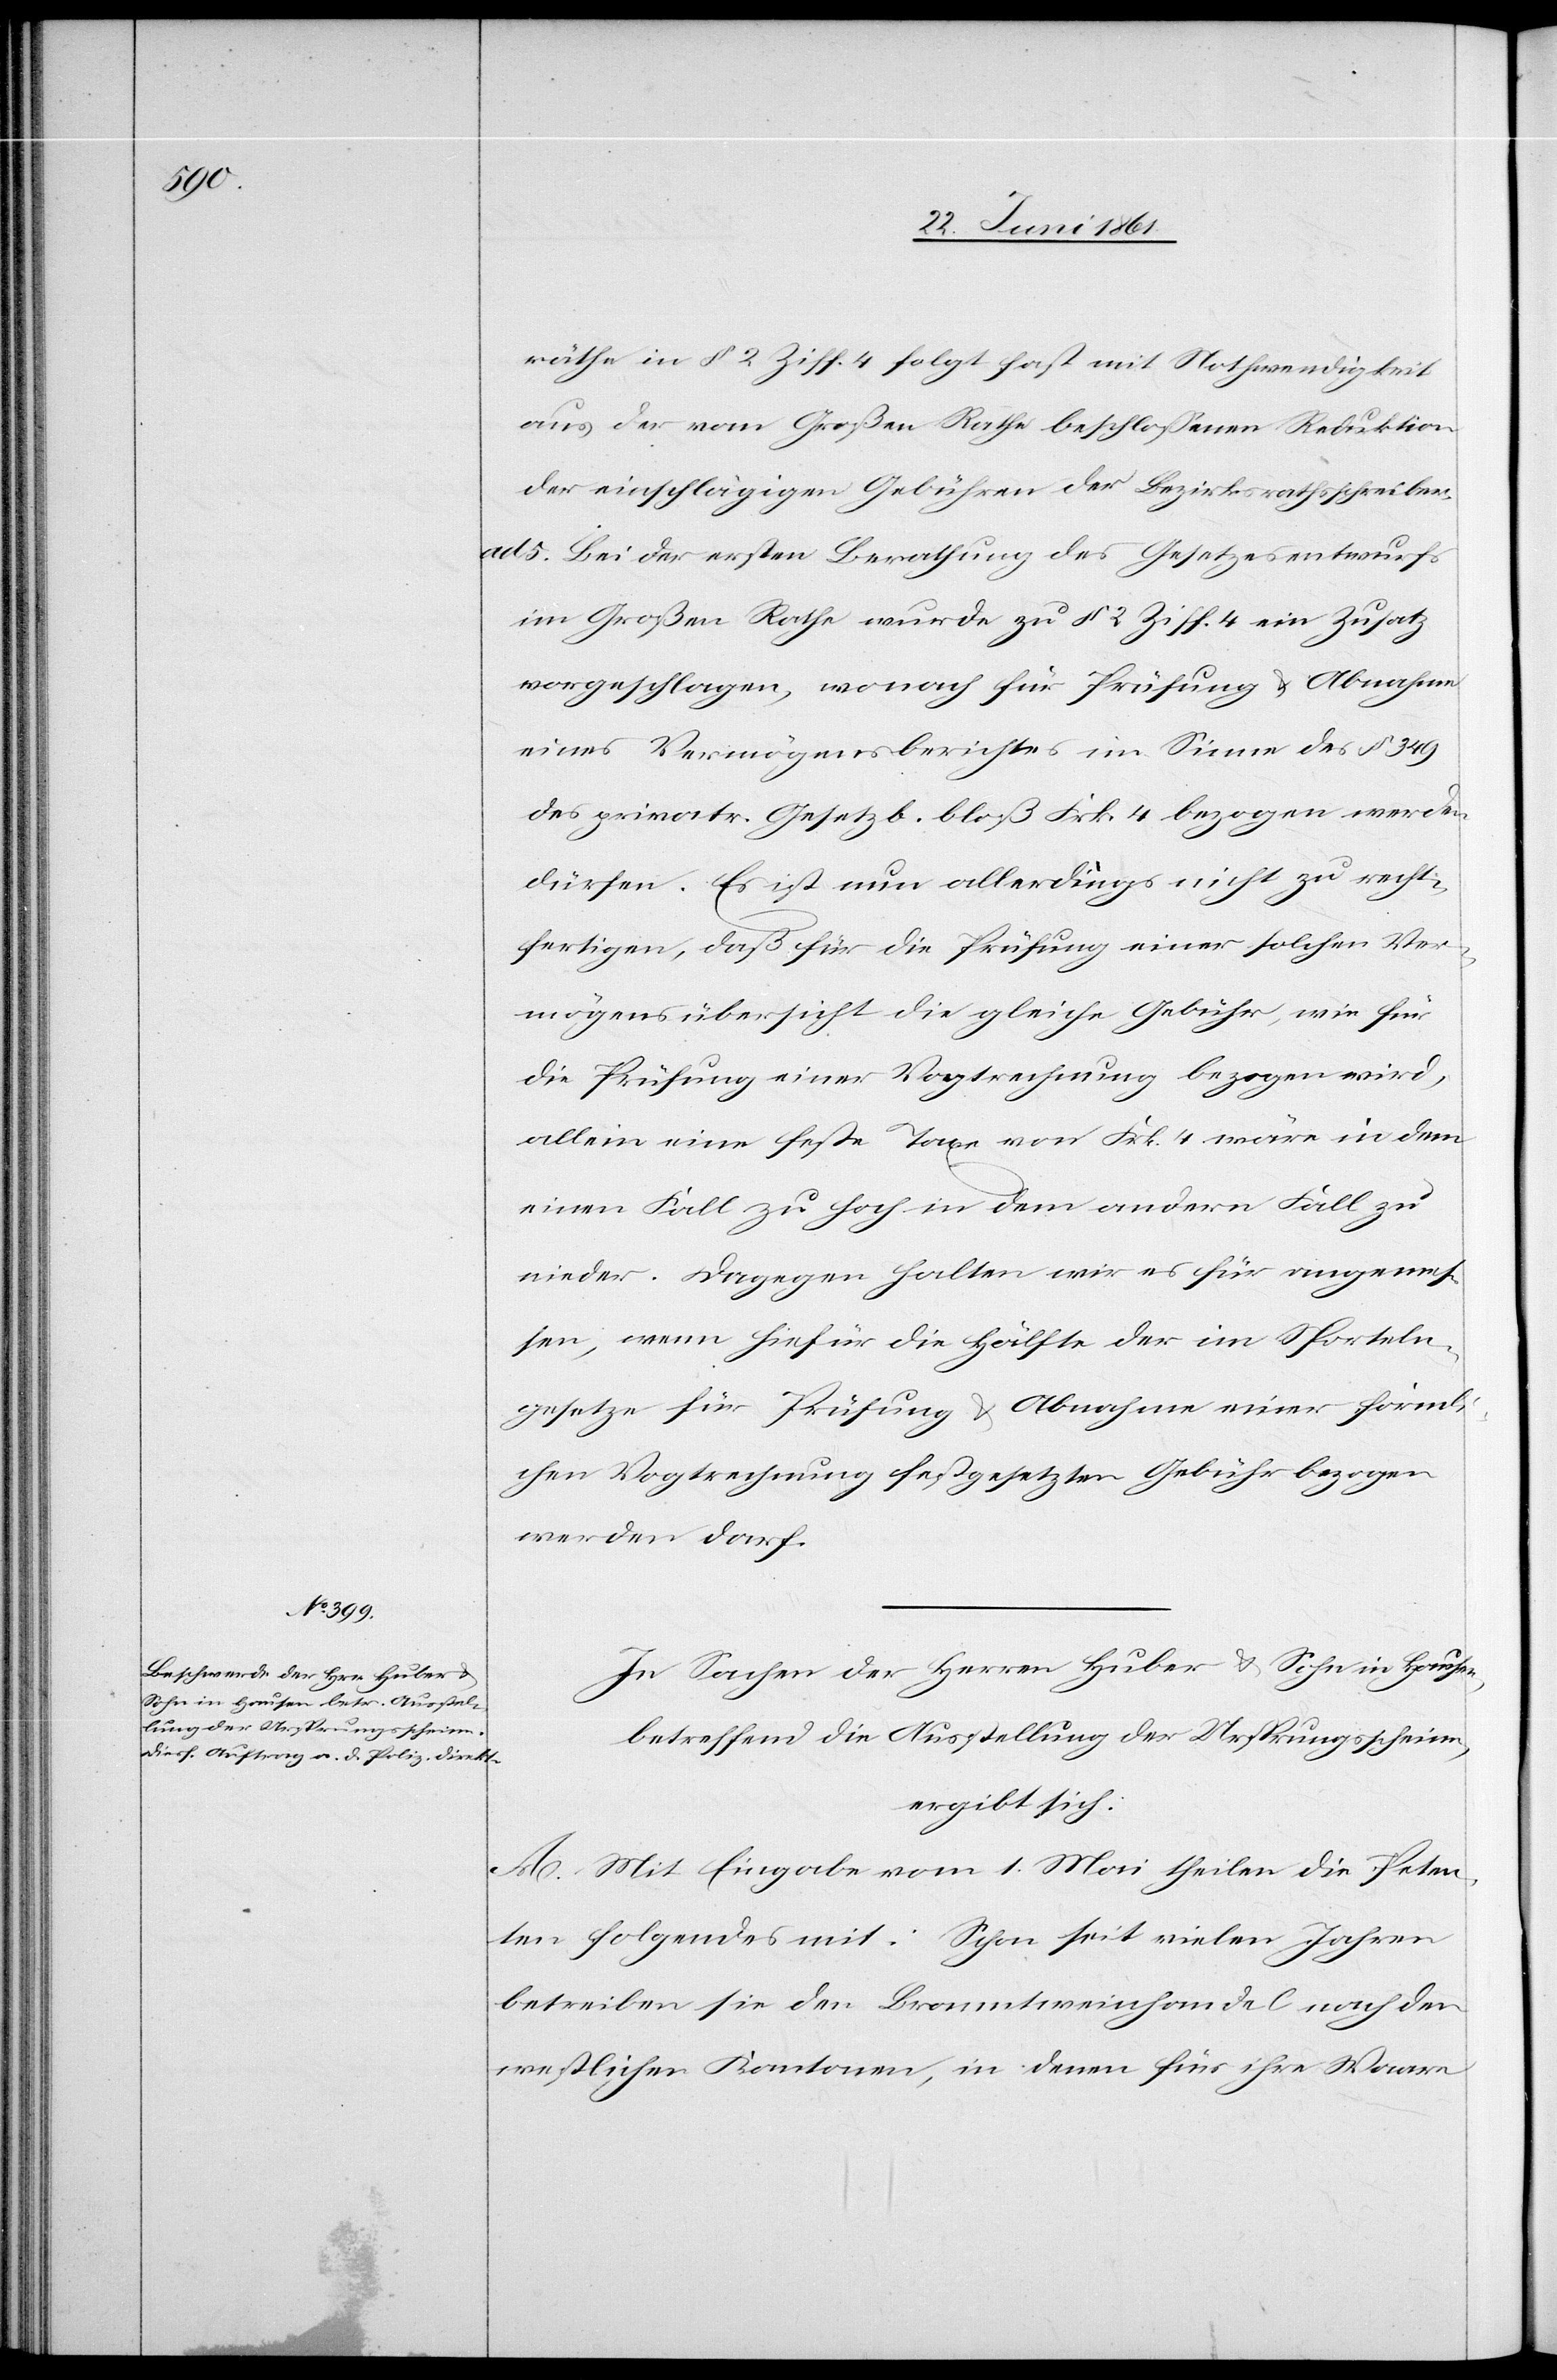
räthe in § 2 Ziff. 4 folgt fast mit Nothwendigkeit
aus der vom Großen Rathe beschlossenen Reduktion
der einschlägigen Gebühren der Bezirksrathsschreiber.
5. Bei der ersten Berathung des Gesetzesentwurfs
im Großen Rathe wurde zu § 2 Ziff. 4 ein Zusatz
vorgeschlagen, wonach für Prüfung u. Abnahme
eines Vermögensberichtes im Sinne des § 349
des privatr. Gesetzb. bloß Frk. 4 bezogen werden
dürften. Es ist nun allerdings nicht zu recht¬
fertigen, daß für die Prüfung einer solchen Ver¬
mögensübersicht die gleiche Gebühr, wie für
die Prüfung einer Vogtrechnung bezogen wird,
allein eine feste Taxe von Frk. 4 wäre in dem
einen Fall zu hoch in dem andern Fall zu
nieder. Dagegen halten wir es für angemes¬
sen, wenn hiefür die Hälfte der im Sporteln¬
gesetze für Prüfung u. Abnahme einer förmli¬
chen Vogtrechnung festgesetzten Gebühr bezogen
werden darf.
In Sachen der Herren Huber u. Sohn in Hausen,
betreffend Ausstellung der Ursprungsscheine,
ergibt sich:
A. Mit Eingabe vom 1. Mai theilen die Peten¬
ten folgendes mit: Schon seit vielen Jahren
betreiben sie den Branntweinhandel nach den
westlichen Kantonen, in denen für ihre Waare